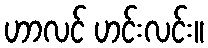
ဟာလင် ဟင်းလင်း။